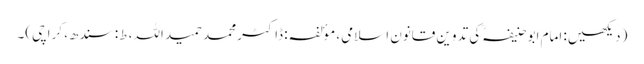
(دیکھیں: امام ابوحنیفہکی تدوین قانون اسلامی، موٴلفہ: ڈاکٹر محمد حمید اللہ، ط: سندھ، کراچی)۔